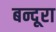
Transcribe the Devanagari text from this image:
बन्दूरा